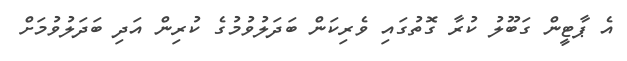
އެ ޕާޓީން ގަބޫލު ކުރާ ގޮތުގައި ވެރިކަން ބަދަލުވުމުގެ ކުރިން އަދި ބަދަލުވުމަށް